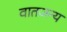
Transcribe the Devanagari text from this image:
वातजन्य